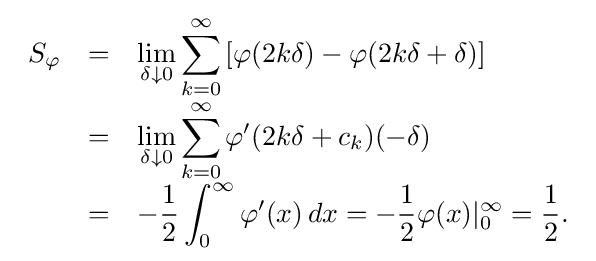
{\begin{array}{rcl}S_{\varphi }&=&\displaystyle \lim _{\delta \downarrow 0}\sum _{k=0}^{\infty }\left[\varphi (2k\delta )-\varphi (2k\delta +\delta )\right]\\[1em]&=&\displaystyle \lim _{\delta \downarrow 0}\sum _{k=0}^{\infty }\varphi '(2k\delta +c_{k})(-\delta )\\[1em]&=&\displaystyle -{\frac {1}{2}}\int _{0}^{\infty }\varphi '(x)\,dx=-{\frac {1}{2}}\varphi (x)|_{0}^{\infty }={\frac {1}{2}}.\end{array}}